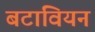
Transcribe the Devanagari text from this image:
बटावियन